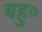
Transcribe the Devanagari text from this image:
बहु०